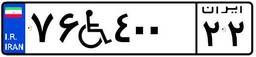
۵۱W۸۴۸۶۰